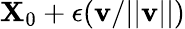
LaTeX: \mathbf{X}_{0}+\epsilon(\mathbf{v}/||\mathbf{v}||)